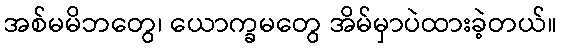
အစ်မမိဘတွေ၊ ယောက္ခမတွေ အိမ်မှာပဲထားခဲ့တယ်။